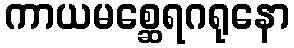
ကာယမစ္ဆေရဂရုနော